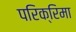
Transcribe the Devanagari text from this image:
परिक्रिमा